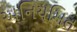
અનિયમિત